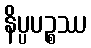
နိပ္ပပဉ္စဿ